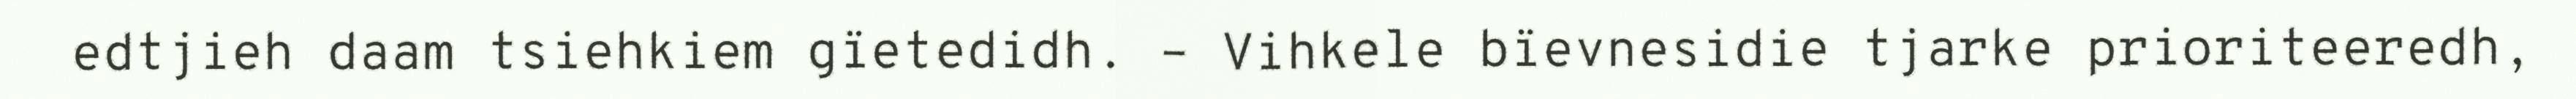
edtjieh daam tsiehkiem gïetedidh. – Vihkele bïevnesidie tjarke prioriteeredh,